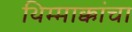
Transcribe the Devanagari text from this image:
थिम्माक्कांचा